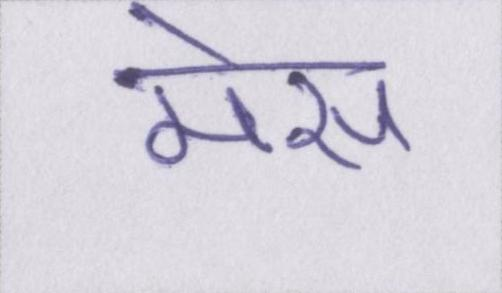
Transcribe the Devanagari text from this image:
मेस